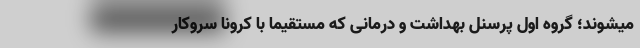
میشوند؛ گروه اول پرسنل بهداشت و درمانی که مستقیما با کرونا سروکار